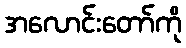
အလောင်းတော်ကို